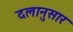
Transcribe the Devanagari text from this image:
दलानुसार